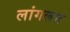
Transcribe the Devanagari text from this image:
लांगलन